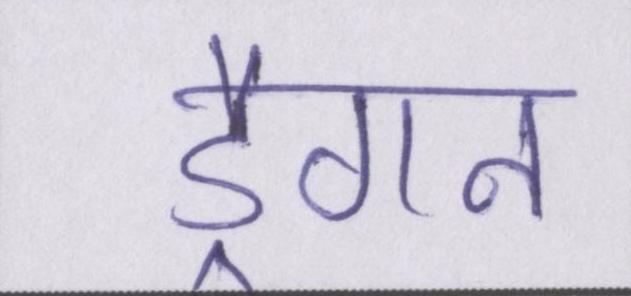
ड्रैगन